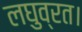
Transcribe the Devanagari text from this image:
लघुव्रत।